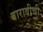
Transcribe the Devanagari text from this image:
बारावीची